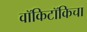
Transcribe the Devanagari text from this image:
वॉकिटॉकिचा